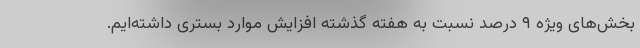
بخش‌های ویژه ۹ درصد نسبت به هفته گذشته افزایش موارد بستری داشته‌ایم.